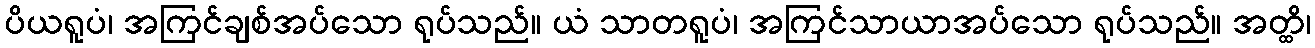
ပိယရူပံ၊ အကြင်ချစ်အပ်သော ရုပ်သည်။ ယံ သာတရူပံ၊ အကြင်သာယာအပ်သော ရုပ်သည်။ အတ္ထိ၊